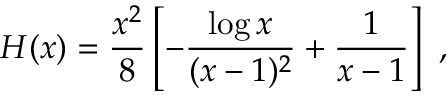
H ( x ) = \frac { x ^ { 2 } } { 8 } \left[ - \frac { \log x } { ( x - 1 ) ^ { 2 } } + \frac 1 { x - 1 } \right] ~ ,